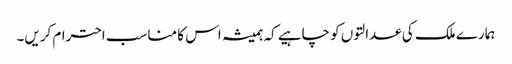
ہمارے ملک کی عدالتوں کو چاہیے کہ ہمیشہ اس کا مناسب احترام کریں۔